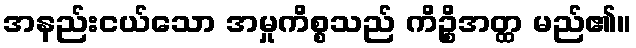
အနည်းငယ်သော အမှုကိစ္စသည် ကိဉ္စိအတ္ထ မည်၏။